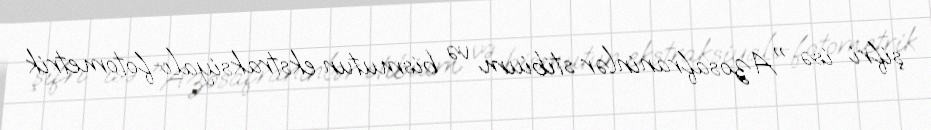
şifri isə "Azosafraninlər stibium və bismutun ekstraksiyalı-fotometrik